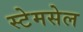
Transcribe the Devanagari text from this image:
स्टेमसेल